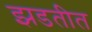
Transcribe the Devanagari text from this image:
झडतीत